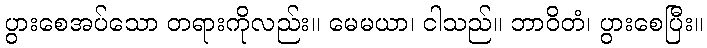
ပွားစေအပ်သော တရားကိုလည်း။ မေမယာ၊ ငါသည်။ ဘာဝိတံ၊ ပွားစေပြီး။